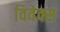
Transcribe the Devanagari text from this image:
विवेक्स